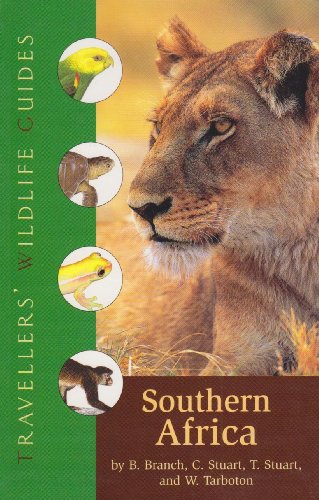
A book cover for Southern Africa: South Africa, Namibia, Botswana, Zimbabwe, Swaziland, Lesotho, and Southern Mozambique (Travellers' Wildlife Guides); William, MD Branch; Travel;